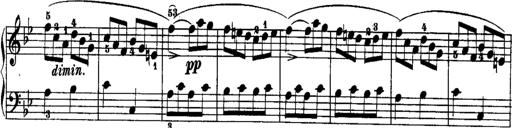
Title: Rondos and Sonatinas for Pianoforte
Composer: Daniel Steibelt